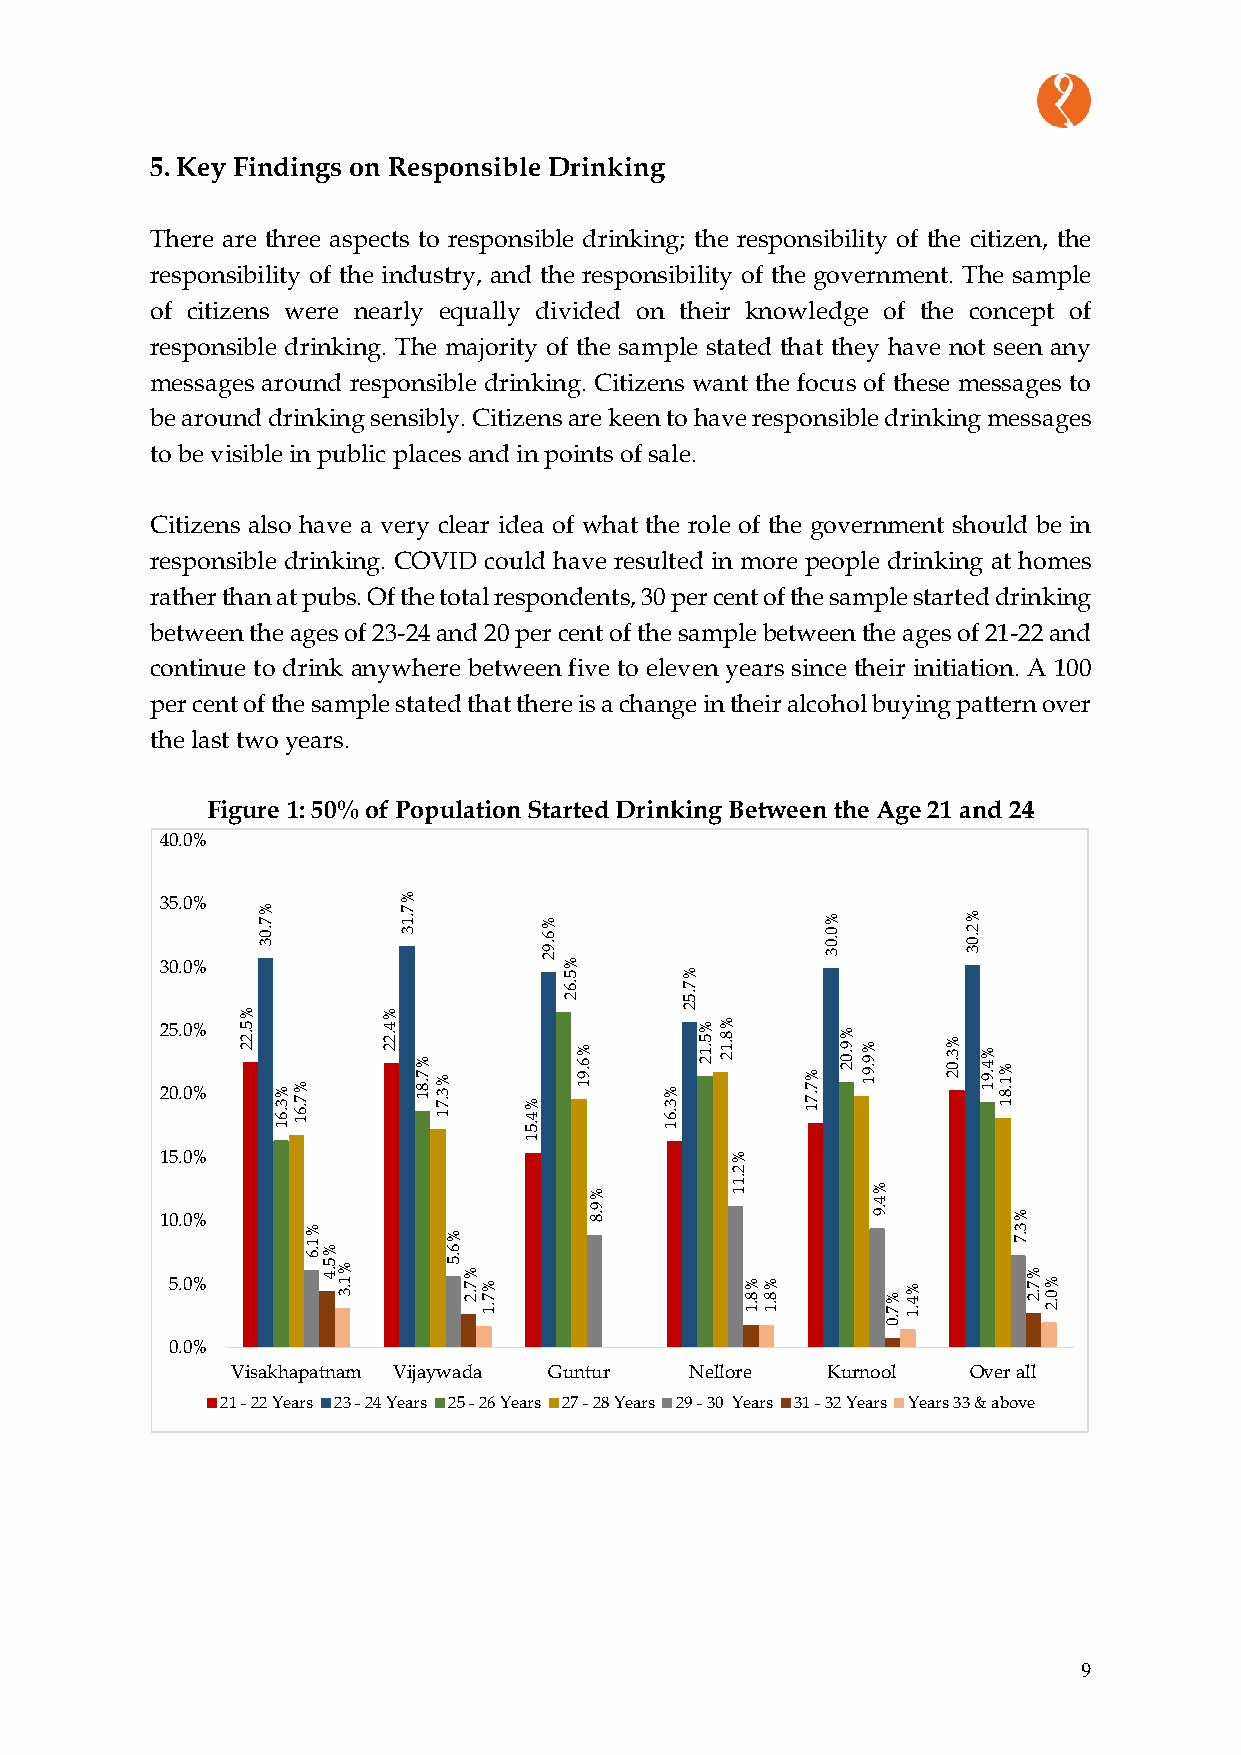
5. Key Findings on Responsible Drinking
 There are three aspects to responsible drinking; the responsibility of the citizen, the
 responsibility of the industry, and the responsibility of the government. The sample
 of citizens were nearly equally divided on their knowledge of the concept of
 responsible drinking. The majority of the sample stated that they have not seen any
 messages around responsible drinking. Citizens want the focus of these messages to
 be around drinking sensibly. Citizens are keen to have responsible drinking messages
 to be visible in public places and in points of sale.
 Citizens also have a very clear idea of what the role of the government should be in
 responsible drinking. COVID could have resulted in more people drinking at homes
 rather than at pubs. Of the total respondents, 30 per cent of the sample started drinking
 between the ages of 23-24 and 20 per cent of the sample between the ages of 21-22 and
 continue to drink anywhere between five to eleven years since their initiation. A 100
 per cent of the sample stated that there is a change in their alcohol buying pattern over
 the last two years.
 Figure 1: 50% of Population Started Drinking Between the Age 21 and 24
 40.0%
 35.0%           %
 % 7       7 .1     %                  %        %
 30.0%
 .0 3      3        6 .9 2%            0 .0 3   2 .0 3
 5       %
 .6
 2
 7
 .5
 %        %                   2
 22 05 .. 00 %% 5 .2 2 % 3 .6 1% 7 .6 1 4 .2 2 % 7 .8 1% 3 .7 1 % 4 .5 % 6 .9 1 % 3 .6 1 % 5 .1 2% 8 .1 2 % 7 .7 1 % 9 .0 2% 9 .9 1 % 3 .0 2 % 4 .9 1% 1 .8 1
 1
 15.0%                                %
 2
 %
 .1
 1         %
 10.0%                       9 .8               4 .9     %
 5.0%
 %
 1 .6%
 5 .4%
 1 .3
 %
 6
 .5 %
 7 .2% 7 .1        % 8 .1% 8 .1 % 7 .0% 4 .1
 3 .7
 %
 7 .2% 0 .2
 0.0%
 Visakhapatnam Vijaywada Guntur Nellore  Kurnool  Over all
 21 - 22 Years 23 - 24 Years 25 - 26 Years 27 - 28 Years 29 - 30 Years 31 - 32 Years Years 33 & above
 9